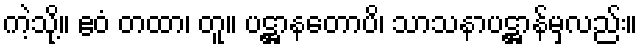
ကဲ့သို့။ ဧဝံ တထာ၊ တူ။ ပဋ္ဌာနတောပိ၊ သာသနာပဋ္ဌာန်မှလည်း။